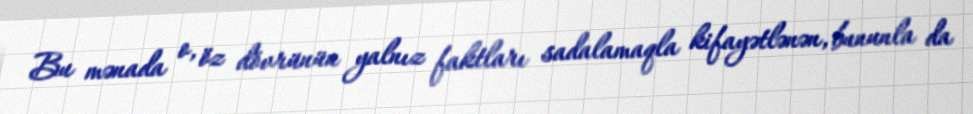
Bu mənada o, öz dövrünün yalnız faktları sadalamaqla kifayətlənən, bununla da